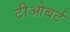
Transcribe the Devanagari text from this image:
टीओबर्ट